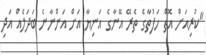
"ކުރިއަށް އޮތް ހަފުތާގެ ތެރޭ އޭނާގެ އަނިޔާ އަށް އަންނާނެ ބަދަލެއް އަދި